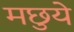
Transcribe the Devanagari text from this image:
मछुये